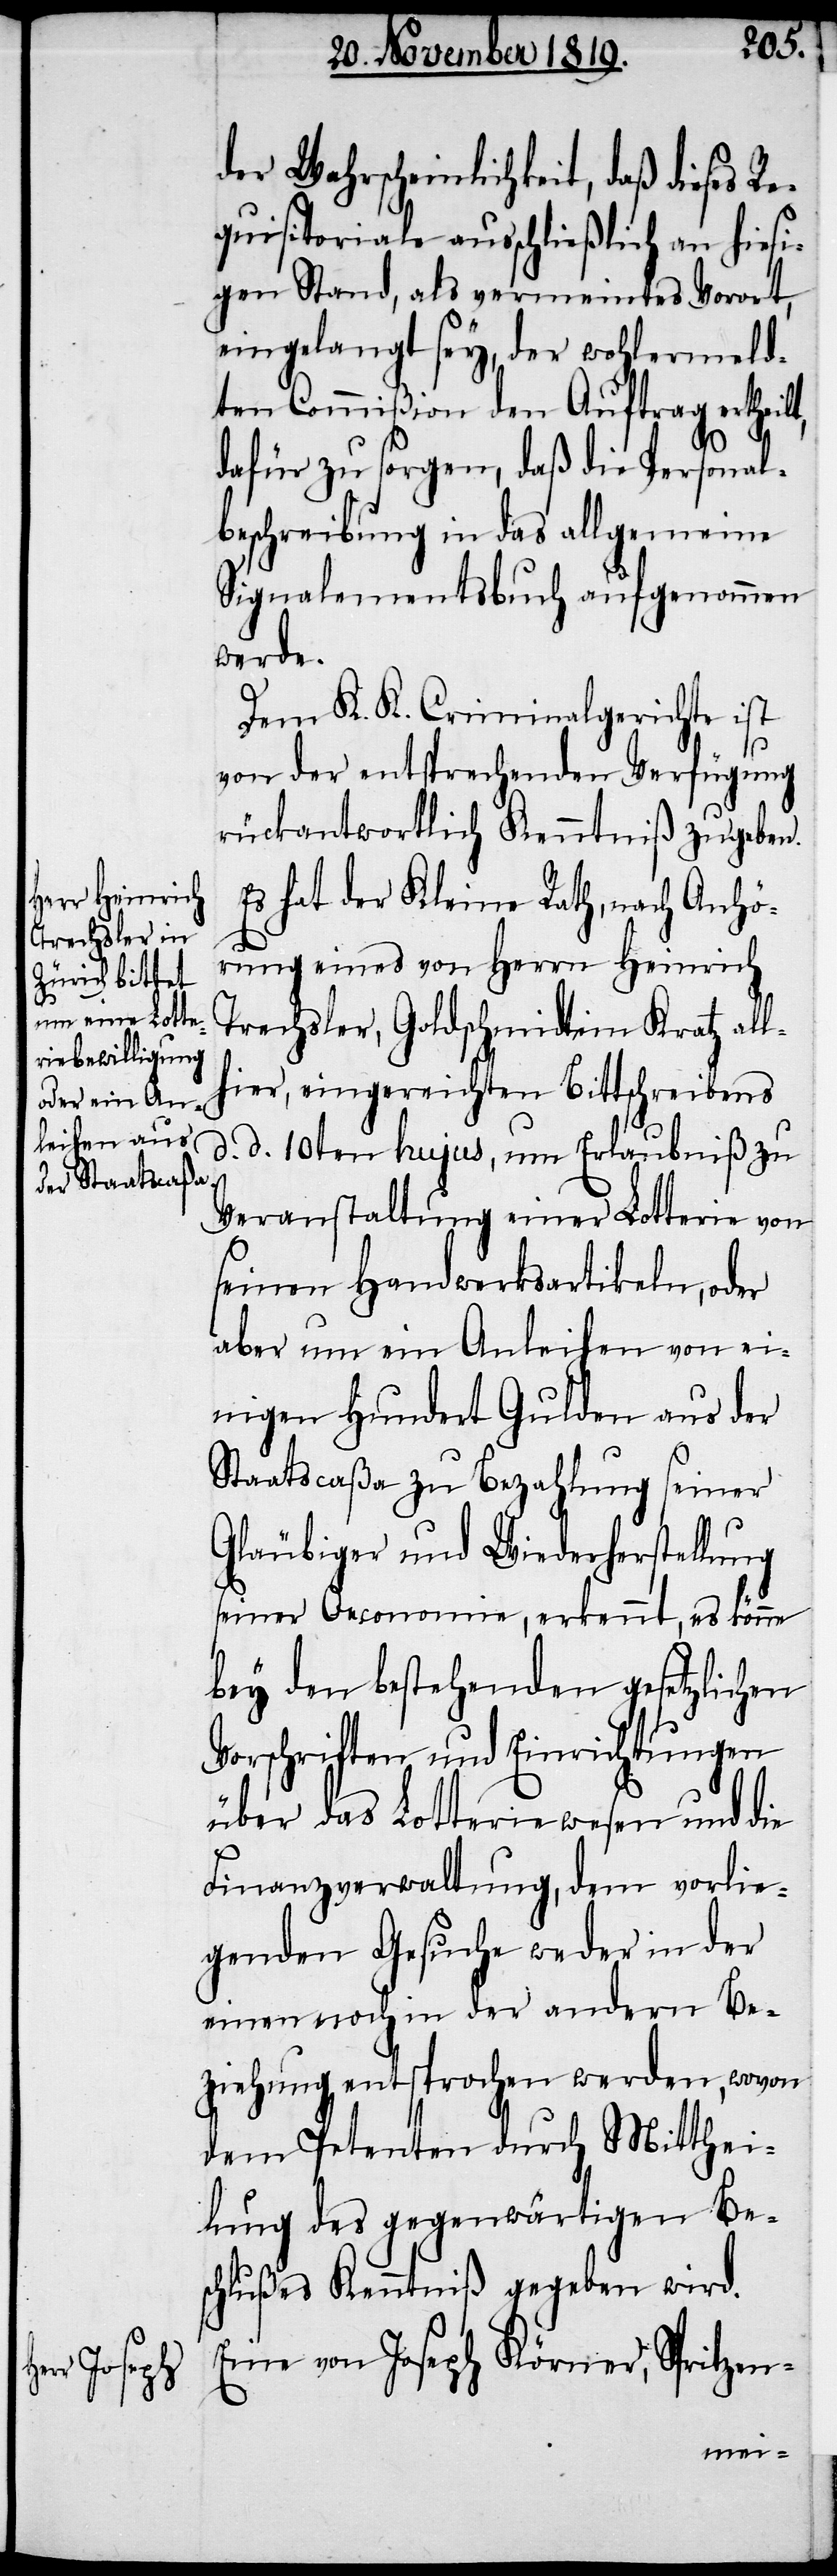
der Wahrscheinlichkeit, daß dieses R¬
equisitoriale ausschließlich an hiesi¬
gen Stand, als vermeindtes Vorort,
eingelangt sey, der wohlermeld¬
ten Commißion den Auftrag ertheilt,
dafür zu sorgen, daß die Personal¬
beschreibung in das allgemeine
Signalementsbuch aufgenommen
werde.
Dem K. K. Criminalgerichte ist
von der entsprechenden Verfügung
rückantwortlich Kenntniß zu geben.
Es hat der Kleine Rath, nach Anhö¬
rung eines von Herrn Heinrich
Trachsler, Goldschmidt im Kratz all¬
hier, eingereichten Bittschreibens
d. d. 10ten hujus, um Erlaubniß zu
Veranstaltung einer Lotterie von
seinen Handwerksartikeln, oder
aber um ein Anleihen von ei¬
nigen Hundert Gulden aus der
Staatscaßa zu Bezahlung seiner
Gläubiger und Wiederherstellung
seiner Oeconomie, erkennt, es könne
bey den bestehenden gesetzlichen
Vorschriften und Einrichtungen
über das Lotteriewesen und die
Finanzverwaltung, dem vorlie¬
genden Gesuche weder in der
einen noch in der andern Be¬
ziehung entsprochen werden, wovon
dem Petenten durch Mitthei¬
lung des gegenwärtigen Be¬
schlußes Kenntniß gegeben wird.
Eine von Joseph Körner, Spritzen-